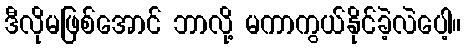
ဒီလိုမဖြစ်အောင် ဘာလို့ မကာကွယ်နိုင်ခဲ့လဲပေါ့။